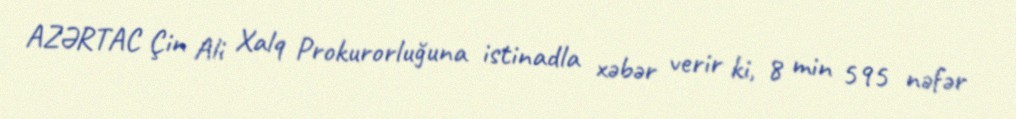
AZƏRTAC Çin Ali Xalq Prokurorluğuna istinadla xəbər verir ki, 8 min 595 nəfər